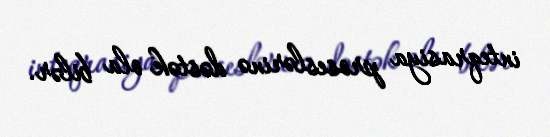
inteqrasiya proseslərinə dəstək ola bilər.